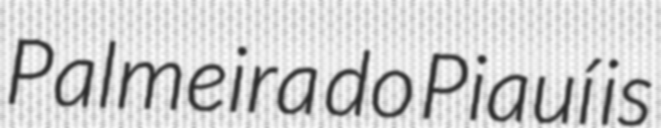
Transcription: Palmeira do Piauí is